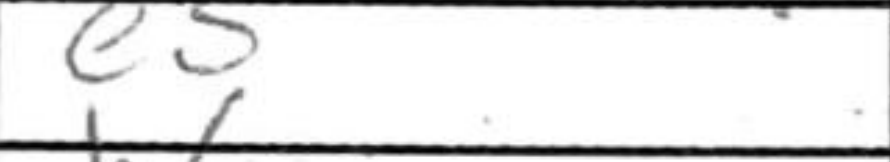
Transcription: e5